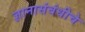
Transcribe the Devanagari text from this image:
ज्ञानासंबंधीचे